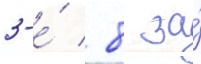
3-е́ / 8 за́